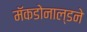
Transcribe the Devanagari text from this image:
मॅकडोनाल्डने